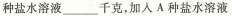
种盐水溶液___千克，加入A种盐水溶液